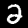
Label: 2